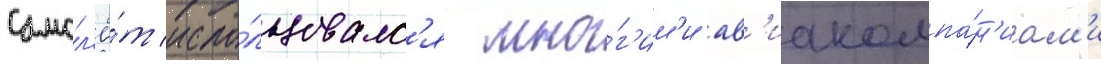
Самол'ё́т испо́льзовалс'я мно́г'им'и ав'иакомпа́н'иам'и